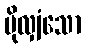
ပိုလျှံသော